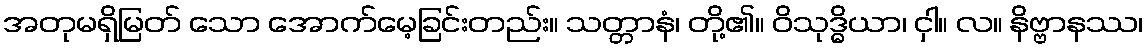
အတုမရှိမြတ် သော အောက်မေ့ခြင်းတည်း။ သတ္တာနံ၊ တို့၏။ ဝိသုဒ္ဓိယာ၊ ငှါ။ လ။ နိဗ္ဗာနဿ၊